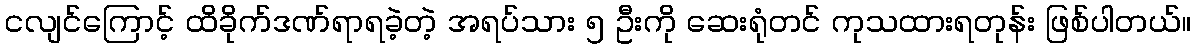
ငလျင်ကြောင့် ထိခိုက်ဒဏ်ရာရခဲ့တဲ့ အရပ်သား ၅ ဦးကို ဆေးရုံတင် ကုသထားရတုန်း ဖြစ်ပါတယ်။